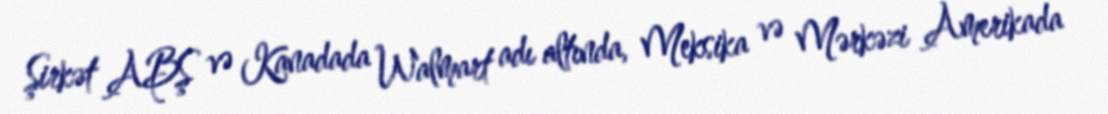
Şirkət ABŞ və Kanadada Walmart adı altında, Meksika və Mərkəzi Amerikada